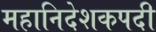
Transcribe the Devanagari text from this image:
महानिदेशकपदी